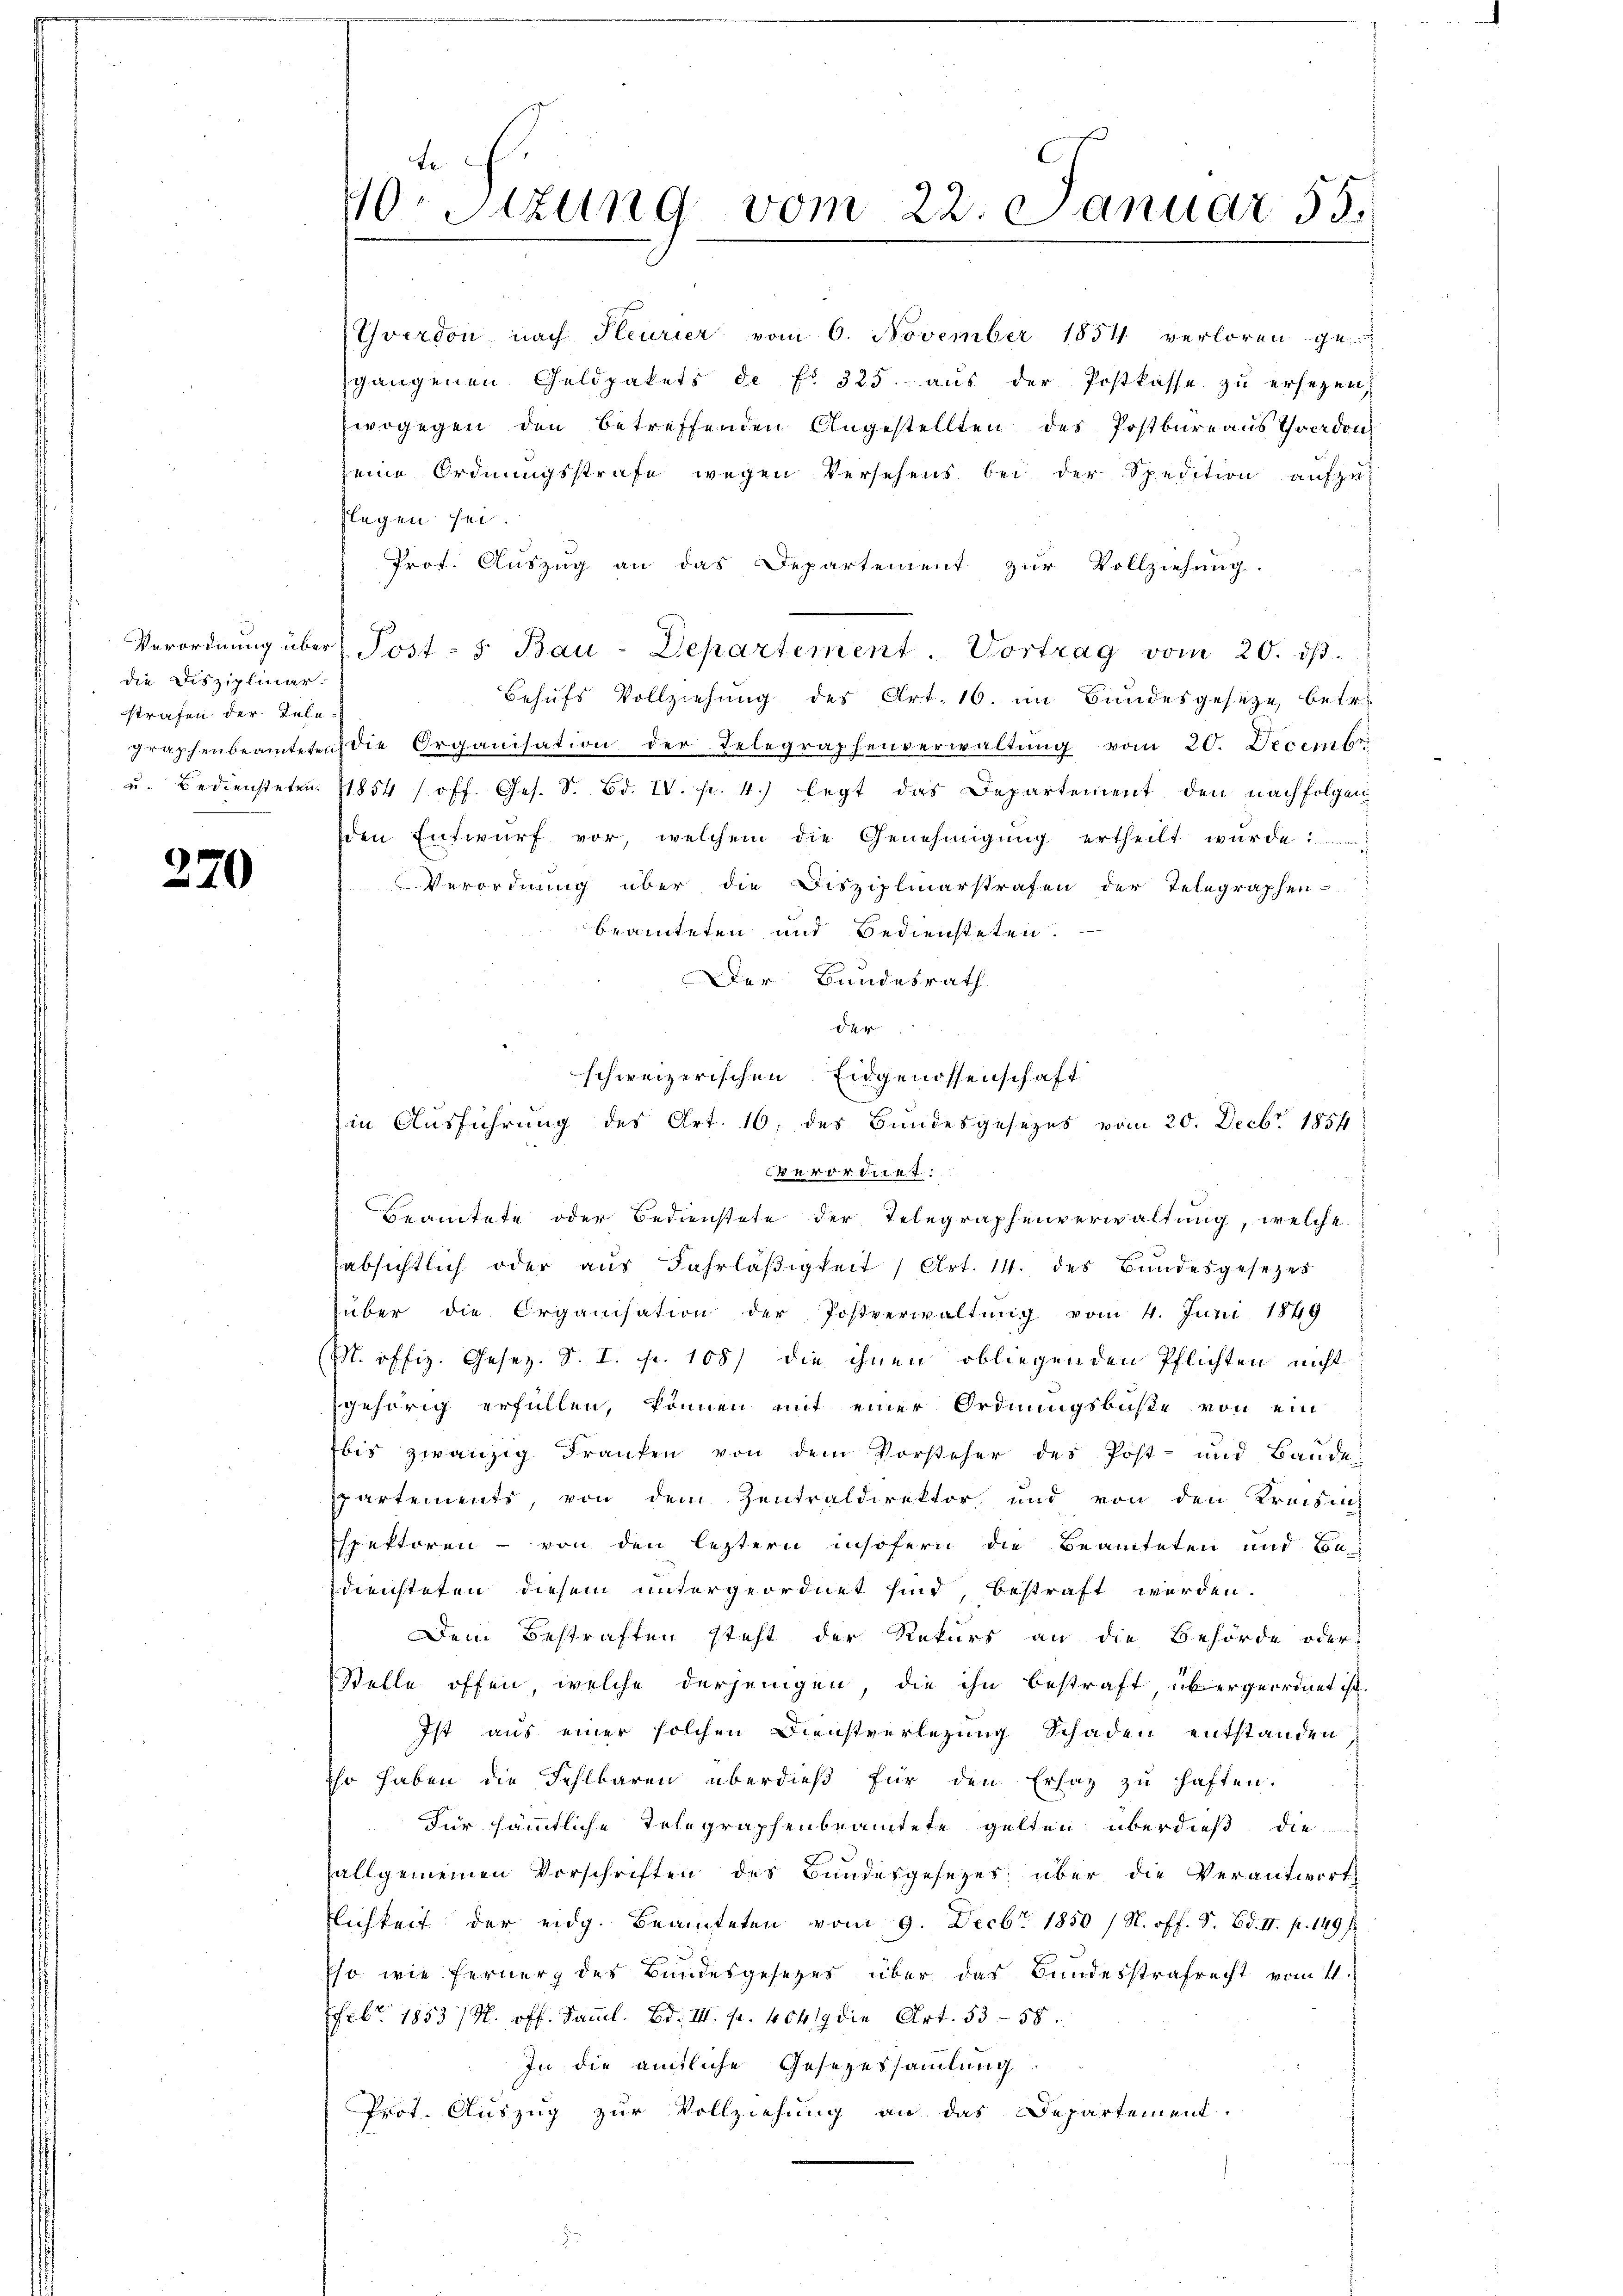
die Disziplinar-
strafen der Tele¬

370

te
10. Sizung vom 22. Januar 55.

Yverdon nach Pleurier vom 6. November 1854 verloren ge
sgangenen Geldpakets de f. 325. aus der Postkasse zu ersezen,
wogegen den betreffenden Angestellten des Postbureaus Yverdon
seine Ordnungsstrafe wegen Versehens bei der Spedition aufzu
flegen sei.
Prot. Auszug an das Departement zur Vollziehung.
Verordnŭng über Post - 5. Bau-Departement. Vortrag vom 20. dβ.
Behufs Vollziehung des Art. 16. im Bundesgeseze, betr.
graphenbeamteten die Organisation der Telegraphenverwaltŭng vom 20. Decembr
u. Bediensteten 1854 / off. Ges. S. Bd. IV. pr. 4. legt das Departement den nachfolgen
den Entwurf vor, welchem die Genehmigung ertheilt wurde
Verordnung über die Disziplinarstrafen der Telegraphen-
beamteten und Bediensteten.
 1
Der Bundesrath
4
schweizerischen Eidgenossenschaft
in Ausführung des Art. 16, des Bundesgesezes vom 20. Decbr. 1854
verordnet:
Beamtete oder Bedienstete der Telegraphenverwaltung, welche
sabsichtlich oder aŭs Fahrläβigkeit 1 Art. 14. des Bŭndesgesezes
über die Organisation der Postverwaltung vom 4. Juni 1849
M. offiz. Gesez. S. I. fr. 108) die ihnen obliegenden Pflichten nicht
gehörig erfüllen, können mit einer Ordnungsbuße von ein
bis zwanzig Franken von dem Vorsteher des Post- und Baude
spartements, von dem Zentraldirektor, und von den Kreising
Espektoren - von den leztern insofern die Beamteten und Ca
diensteten diesem untergeordnet sind, bestraft werden.
Dem Bestraften steht der Rekurs an die Behörde oder
Stelle offen, welche derjenigen, die ihn bestraft übergeordnet ist.
Ist aus einer solchen Dienstverlegung Schaden entstanden
Ehr haben die Fehlbaren überdieβ für den Ersatz zŭ haften.
Für sämmtliche Telegraphenbeamtete gelten überdieß die
allgemeinen Vorschriften des Bundesgesetzes über die Verantwort
lichkeit der eidg. Beamteten vom 9. Decbr 1850 / N. off. S. Bd. II. p. 149 f.
Eso wie Ferner der Bundesgesetzes über das Bundesstrafrecht vom 11.
Febr. 1853 / M. off. Samml. Bd. III. pr. 40419 die Art. 5358.
In die amtliche Gesezessammlung
Prot. Auszug zur Vollziehung an das Departement.